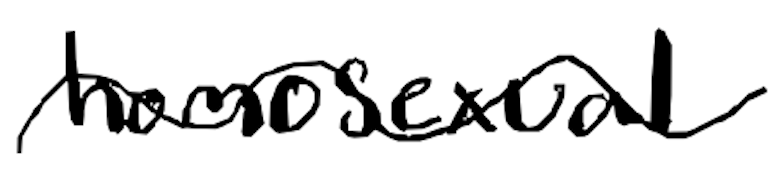
Text: homosexual
Cross-out: wave
Writing tool: digital_black